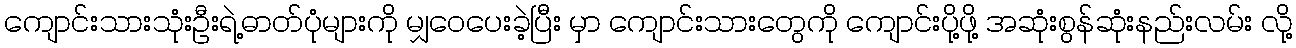
ကျောင်းသားသုံးဦးရဲ့ဓာတ်ပုံများကို မျှဝေပေးခဲ့ပြီး မှာ ကျောင်းသားတွေကို ကျောင်းပို့ဖို့ အဆုံးစွန်ဆုံးနည်းလမ်း လို့